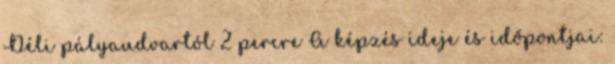
Déli pályaudvartól 2 percre A képzés ideje és időpontjai: